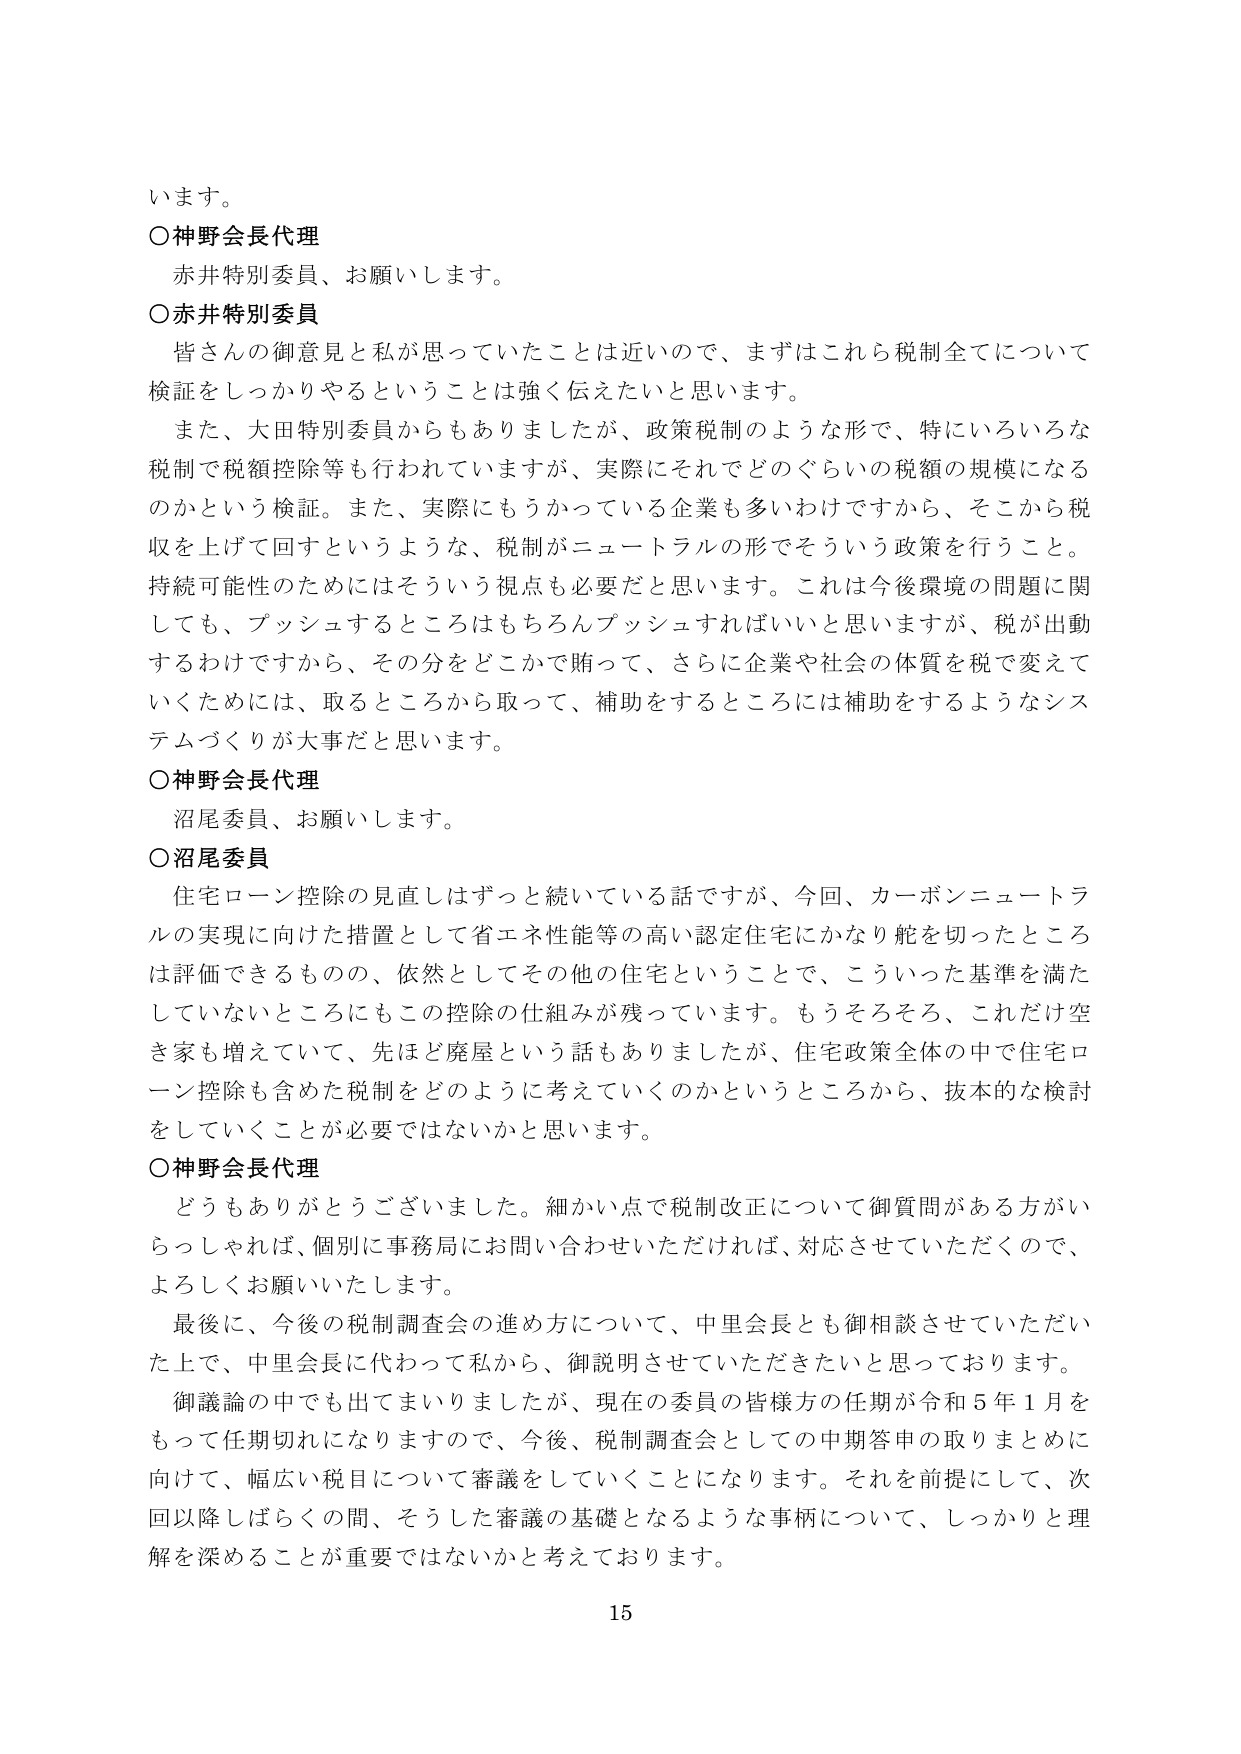
います。

○神野会長代理
　赤井特別委員、お願いします。

○赤井特別委員
　皆さんのお意見と私が思っていたことは近いので、まずはこれら税制全てについて
検証をしっかりやるということは強く伝えたいと思います。
　また、大田特別委員からもありましたが、政策税制のような形で、特にいろいろな
税制で税額控除等も行われていますが、実際にそれではどのぐらいの税額の規模になる
のかという検証。また、実際にもうかっている企業も多いわけですから、そこから税
収を上げて回すというような、税制がニュートラルの形でそういう政策を行うこと。
持続可能性のためにはそういう視点も必要だと思います。これは今後環境の問題に関
しても、プッシュするところはもちろんプッシュすればいいと思いますが、税が出動
するわけですから、その分をどこかで賄って、さらに企業や社会の体質を税で変えて
いくためには、取るところから取って、補助をするところには補助をするようなシス
テムづくりが大事だと思います。

○神野会長代理
　沼尾委員、お願いします。

○沼尾委員
　住宅ローン控除の見直しはずっと続いている話ですが、今回、カーボンニュートラ
ルの実現に向けた措置として省エネ性能等の高い認定住宅にかなり舵を切ったところ
は評価できるものの、依然としてその他の住宅ということで、こういった基準を満た
していないところにもこの控除の仕組みが残っています。もうそろそろ、これだけ空
き家も増えていて、先ほど廃屋という話もありましたが、住宅政策全体の中で住宅ロ
ーン控除も含めた税制をどのように考えていくのかというところから、抜本的な検討
をしていくことが必要ではないかと思います。

○神野会長代理
　どうもありがとうございました。細かい点で税制改正について御質問がある方がい
らっしゃれば、個別に事務局にお問い合わせいただければ、対応させていただくので、
よろしくお願いいたします。
　最後に、今後の税制調査会の進め方について、中里会長とも御相談させていただい
た上で、中里会長に代わって私から、御説明させていただきたいと思っております。
　御議論の中でも出てまいりましたが、現在の委員の皆様方の任期が令和５年１月を
もって任期切れになりますので、今後、税制調査会としての中期答申の取りまとめに
向けて、幅広い税目について審議をしていくことになります。それを前提にして、次
回以降しばらくの間、そうした審議の基礎となるような事柄について、しっかりと理
解を深めることが重要ではないかと考えております。

15